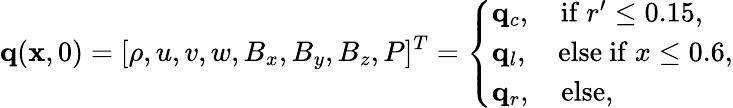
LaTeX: \mathbf{q}(\mathbf{x},0)=[\rho,u,v,w,B_{x},B_{y},B_{z},P]^{T}=\left\{ \begin{array}{ll}{\mathbf{q}_{c},\quad\mathrm{if}\ r^{\prime}\leq 0.15,}\\ {\mathbf{q}_{l},\quad\mathrm{else\ if}\ x\leq 0.6,}\\ {\mathbf{q}_{r},\quad\mathrm{else},}\end{array}\right.